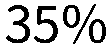
35%